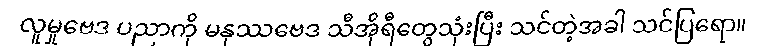
လူမှုဗေဒ ပညာကို မနုဿဗေဒ သီအိုရီတွေသုံးပြီး သင်တဲ့အခါ သင်ပြရော။